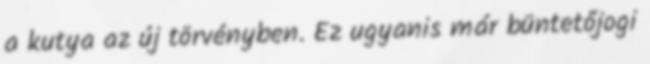
a kutya az új törvényben. Ez ugyanis már büntetőjogi